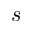
s